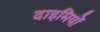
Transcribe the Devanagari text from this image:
दाइमियों